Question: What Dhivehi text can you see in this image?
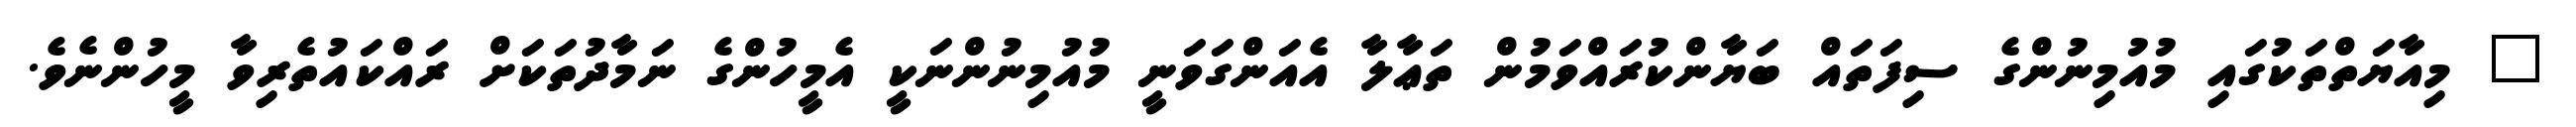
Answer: " މިއާޔަތްތަކުގައި މުއުމިނުންގެ ސިފަތައް ބަޔާންކުރައްވަމުން ތަޢާލާ އެއަންގަވަނީ މުއުމިނުންނަކީ އެމީހުންގެ ނަމާދުތަކަށް ރައްކައުތެރިވާ މީހުންނެވެ.